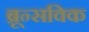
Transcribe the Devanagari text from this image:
ब्रून्सविक